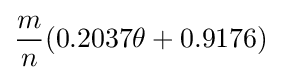
{\frac {m}{n}}(0.2037\theta +0.9176)